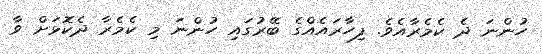
ހުންނަ ދެ ކެމެރާއެވެ. ފިހާރައެއްގެ ބޭރުގައި ހުންނަ މި ކެމެރާ ދެކޮޅަށް ވާ